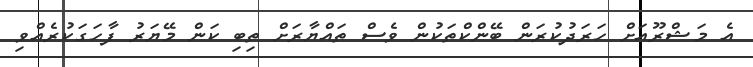
އެ މަޝްރޫއަށް ހަރަދުކުރަން ބޭންކްތަކުން ވެސް ތައްޔާރަށް ތިބި ކަން މޭޔަރު ފާހަގަކުރެއްވި